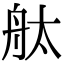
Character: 舦